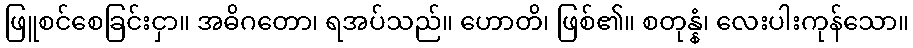
ဖြူစင်စေခြင်းငှာ။ အဓိဂတော၊ ရအပ်သည်။ ဟောတိ၊ ဖြစ်၏။ စတုန္နံ၊ လေးပါးကုန်သော။